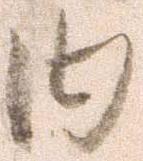
内